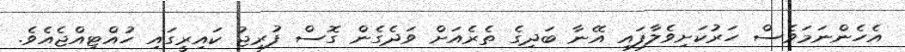
އެހެންނަމަވެސް ހަރުކަށިވެލާފައި އޭނާ ބަދިގެ ތެރެއަށް ވަދެގެން ގޮސް ފުރިޖު ކައިރީގައި ހުއްޓިއްޖެއެވެ.